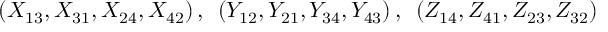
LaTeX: \left( X _ { 1 3 } , X _ { 3 1 } , X _ { 2 4 } , X _ { 4 2 } \right) , ~ \left( Y _ { 1 2 } , Y _ { 2 1 } , Y _ { 3 4 } , Y _ { 4 3 } \right) , ~ \left( Z _ { 1 4 } , Z _ { 4 1 } , Z _ { 2 3 } , Z _ { 3 2 } \right)